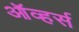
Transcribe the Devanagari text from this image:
ऑव्हर्स